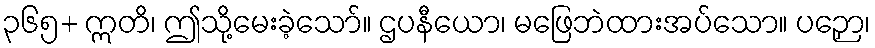
၃၆၅+ ဣတိ၊ ဤသို့မေးခဲ့သော်။ ဌပနီယော၊ မဖြေဘဲထားအပ်သော။ ပဉှော၊